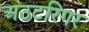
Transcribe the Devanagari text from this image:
अउटरिगर